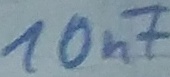
Text: 10nF